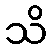
သိ